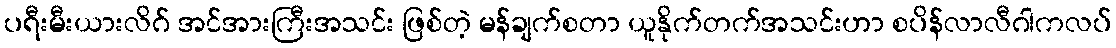
ပရီးမီးယားလိဂ် အင်အားကြီးအသင်း ဖြစ်တဲ့ မန်ချက်စတာ ယူနိုက်တက်အသင်းဟာ စပိန်လာလီဂါကလပ်